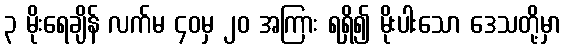
၃ မိုးရေချိန် လက်မ ၄၀မှ ၂၀ အကြား ရရှိ၍ မိုးပါးသော ဒေသတို့မှာ